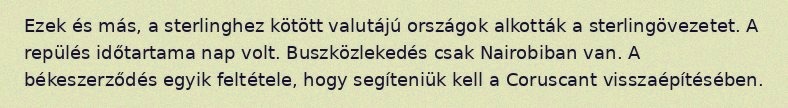
Ezek és más, a sterlinghez kötött valutájú országok alkották a sterlingövezetet. A repülés időtartama nap volt. Buszközlekedés csak Nairobiban van. A békeszerződés egyik feltétele, hogy segíteniük kell a Coruscant visszaépítésében.